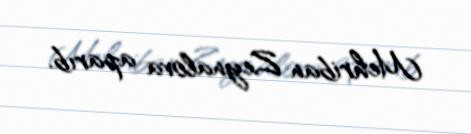
Mehriban Zeynalova aparıb.